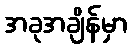
အခုအချိန်မှာ